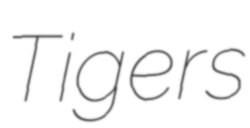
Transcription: Tigers